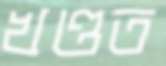
খণ্ডত